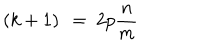
\left( k + 1 \right) ~ = ~ 2 p \frac { n } { m }